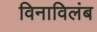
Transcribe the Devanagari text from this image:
विनाविलंब